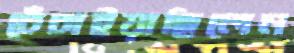
চেঁচাইয়াছিলেন